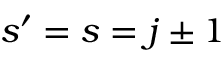
s ^ { \prime } = s = j \pm 1